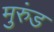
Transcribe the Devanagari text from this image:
मुरुंड